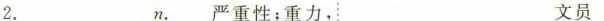
2.___________n.严重性;重力, 文员